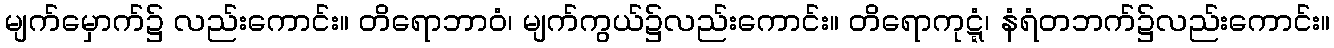
မျက်မှောက်၌ လည်းကောင်း။ တိရောဘာဝံ၊ မျက်ကွယ်၌လည်းကောင်း။ တိရောကုဋ္ဋံ၊ နံရံတဘက်၌လည်းကောင်း။